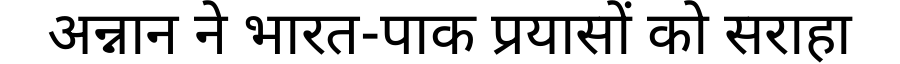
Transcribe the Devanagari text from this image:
अन्नान ने भारत-पाक प्रयासों को सराहा